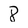
Character: 8